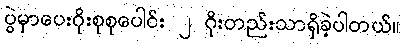
ပွဲမှာပေးဂိုးစုစုပေါင်း ၂ ဂိုးတည်းသာရှိခဲ့ပါတယ်။